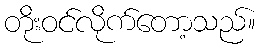
တိုးဝင်လိုက်တော့သည်။